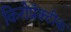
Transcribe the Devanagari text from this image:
किरोप्रॅक्टीक